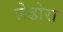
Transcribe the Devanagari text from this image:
लेढोरा